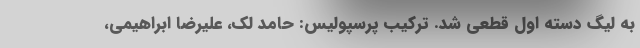
به لیگ دسته اول قطعی شد. ترکیب پرسپولیس: حامد لک، علیرضا ابراهیمی،